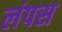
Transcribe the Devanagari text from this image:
लंपस